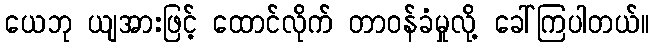
ယေဘု ယျအားဖြင့် ထောင်လိုက် တာဝန်ခံမှုလို့ ခေါ်ကြပါတယ်။